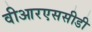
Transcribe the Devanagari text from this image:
वीआरएससीडी